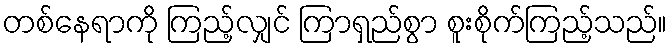
တစ်နေရာကို ကြည့်လျှင် ကြာရှည်စွာ စူးစိုက်ကြည့်သည်။